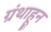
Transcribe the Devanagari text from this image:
ग्रंथाहून